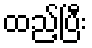
ထည့်ပြီး